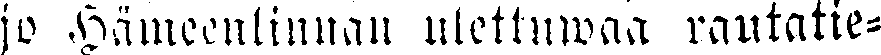
jo Hämeenlinnan ulettuwaa rautatie-